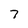
Character: 7